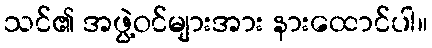
သင်၏ အဖွဲ့ဝင်များအား နားထောင်ပါ။